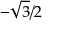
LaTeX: - { \sqrt { 3 } } / 2